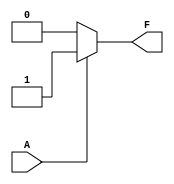
module single_variable_kmap (
    input wire A,      // Single input variable
    output wire F      // Output logic function
);

// Define the logic function based on the K-map
// You can modify the logic here based on the desired function
assign F = (A == 1'b0) ? 1'b0 :  // F(0) = 0
           (A == 1'b1) ? 1'b1 :  // F(1) = 1
           1'b0;                // Default case (not necessary for single variable)

endmodule